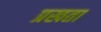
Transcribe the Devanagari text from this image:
प्रखता